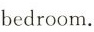
bedroom.